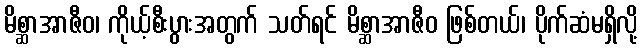
မိစ္ဆာအာဇီဝ၊ ကိုယ့်စီးပွားအတွက် သတ်ရင် မိစ္ဆာအာဇီဝ ဖြစ်တယ်၊ ပိုက်ဆံမရှိလို့